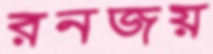
রনজয়